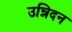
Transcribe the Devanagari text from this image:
उन्निदन